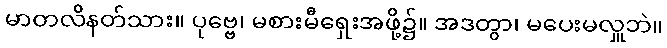
မာတလိနတ်သား။ ပုဗ္ဗေ၊ မစားမီရှေးအဖို့၌။ အဒတွာ၊ မပေးမလှူဘဲ။